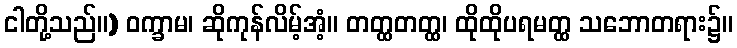
ငါတို့သည်။) ဝက္ခာမ၊ ဆိုကုန်လိမ့်အံ့။ တတ္ထတတ္ထ၊ ထိုထိုပရမတ္ထ သဘောတရား၌။